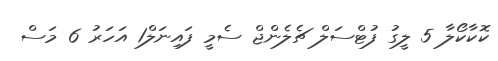
ކޮކާކޯލާ 5 ލީގު ފުޓްސަލް ޗެލެންޖް ސެމީ ފައިނަލް1 އަހަރު 6 މަސް